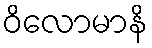
ဝိလောမာနိ